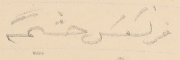
فرنسَيسَ حشيمة